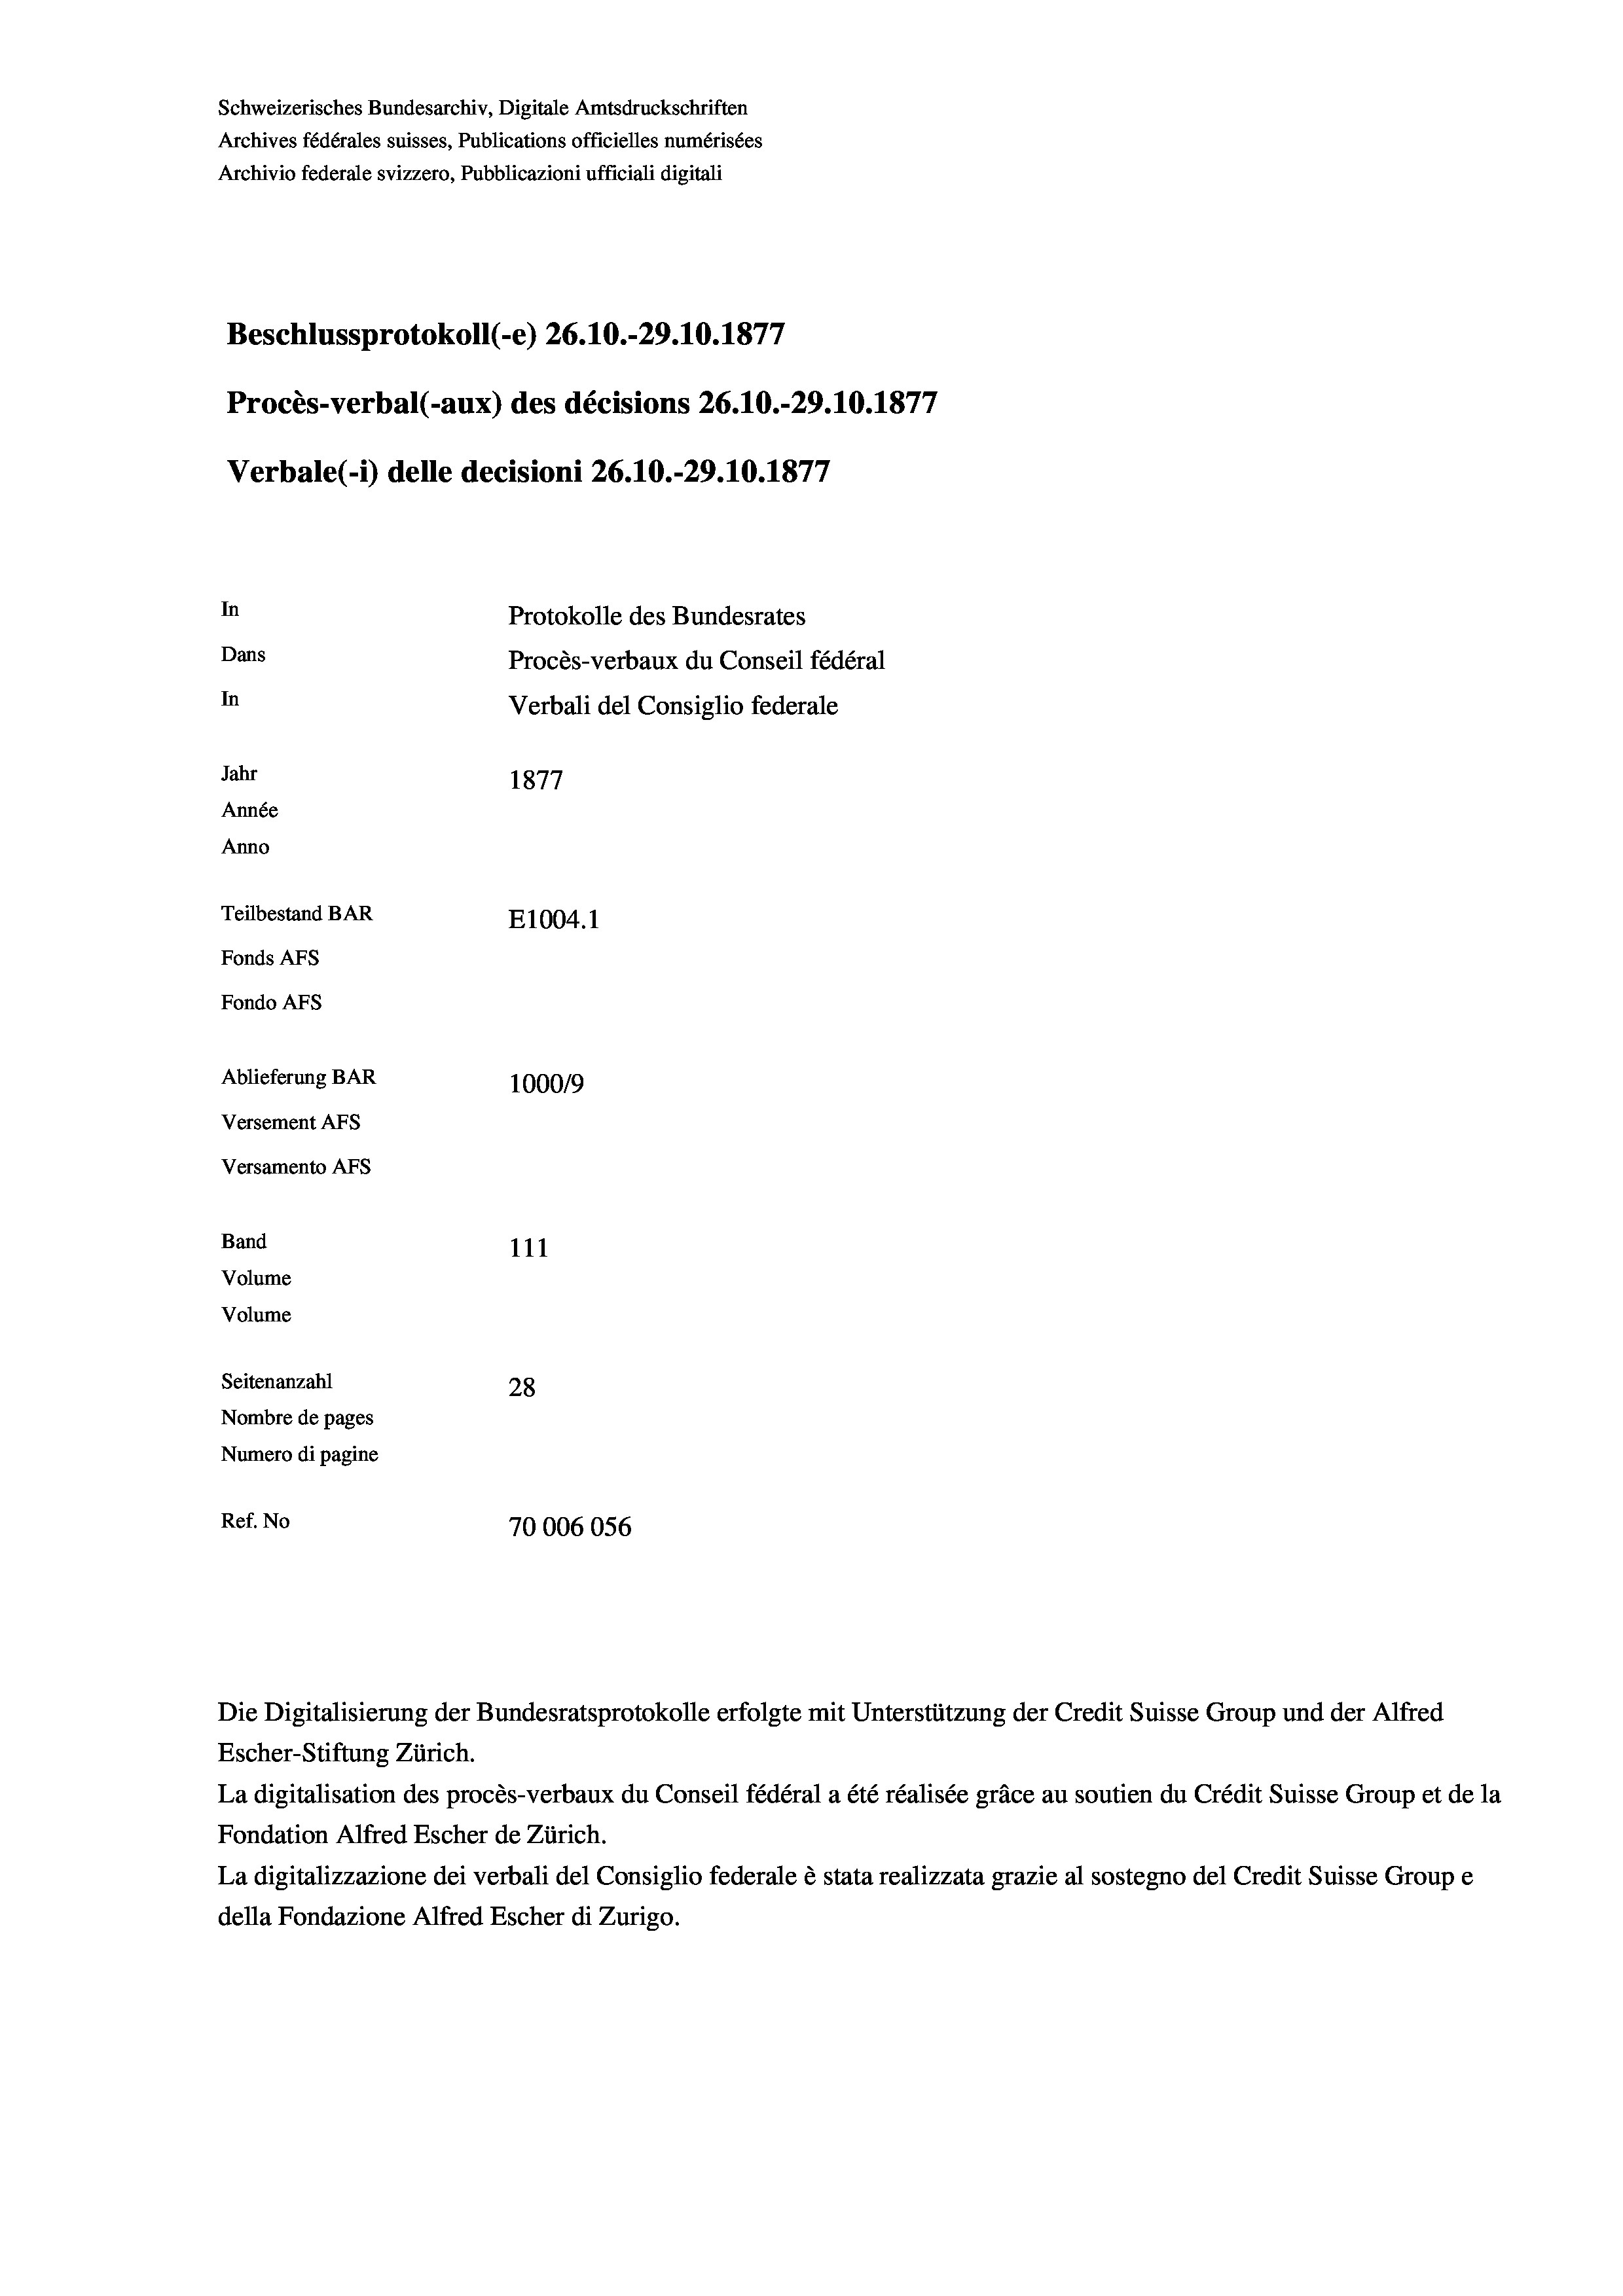
Schweizerisches Bundesarchiv, Digitale Amtsdruckschriften
Archives fédérales suisses, Publications officielles numérisées
Archivio federale svizzero, Pubblicazioni ufficiali digitali
Beschlussprotokoll (-e) 26.10.-29.10.1877
Procès-verbal (-aux) des décisions 26.10.-29.10.1877
Verbale (- 1) delle decisioni 26.10.-29.10.1877
In
Protokolle des Bundesrates
Dans
Procès-verbaux du Conseil fédéral
In
Verbali del Consiglio federale
Jahr
1877
Année
Anno
Teilbestand BAR
E1004. 1
Fonds AFs
Fondo AFS
Ablieferung BAR
100019
Versement AFs
Versamento Afs

Band
Volume
Volume

111
Seitenanzahl
28
Nombre de pages
Numero di pagine
Ref. No
70006056

Escher-Stiftung Zürich.
La digitalisation des procès-verbaux du Conseil fédéral a été réalisée gräce au soutien du Crédit Suisse Group et de la
Fondation Alfred Escher de Zürich.
La digitalizzazione dei verbali del Consiglio federale è stata realizzata grazie al sostegno del Credit Suisse Groupe
della Fondazione Alfred Escher di Zurigo.

Die Digitalisierung der Bundesratsprotokolle erfolgte mit Unterstützung der Credit Suisse Group und der Alfred